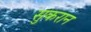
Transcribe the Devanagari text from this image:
सुकरान